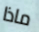
ماذا